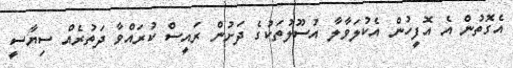
އެގޮތުން އެ އޮފީހުން އެކުލަވާލާ އުސޫލުތަކުގެ ދަށުން ރައީސް ކުރައްވާ ދަތުރެއް ސިޔާސީ